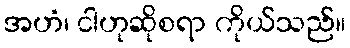
အဟံ၊ ငါဟုဆိုစရာ ကိုယ်သည်။